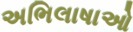
અભિલાષાઓ